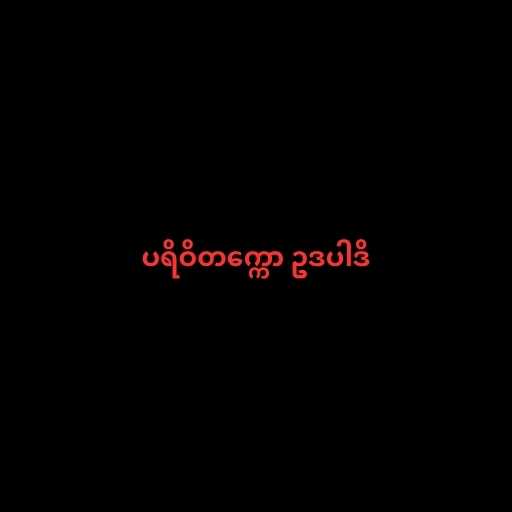
ပရိဝိတက္ကော ဥဒပါဒိ